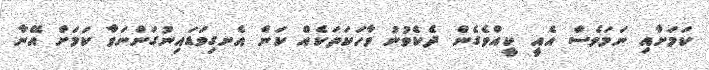
ކަމަށާއި ނަމަވެސް އެއީ ކީއްވެގެން ދެކެވުނު ވާހަކަތަކެއް ކަން އެނގިވަޑައިނުގަންނަވާ ކަމަށް އޭނާ